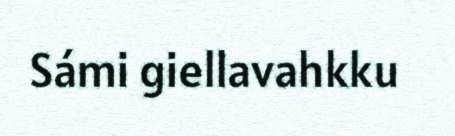
Sámi giellavahkku